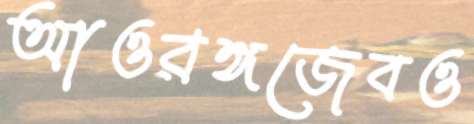
আওরঙ্গজেবও